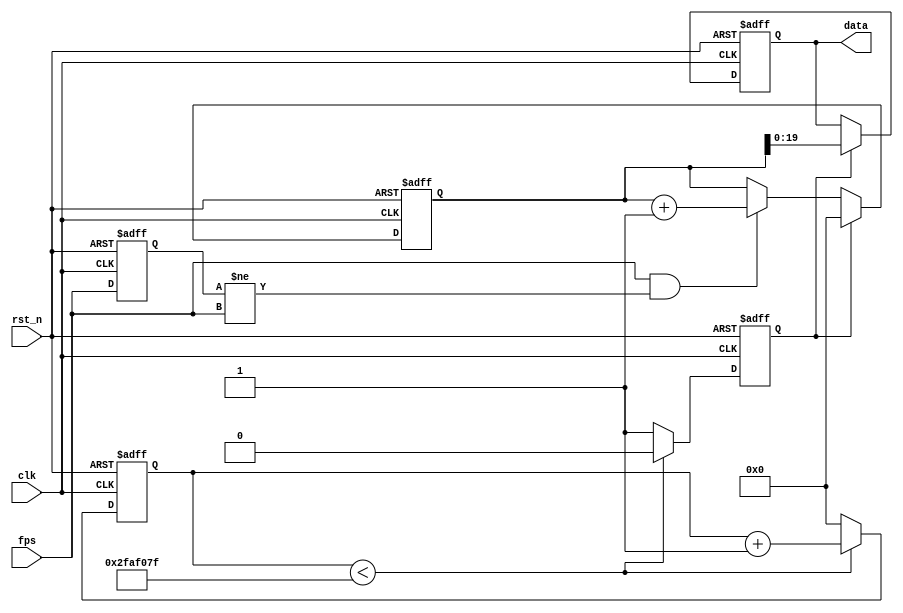
//****************************************Copyright (c)***********************************//                            
//----------------------------------------------------------------------------------------
// File name:          count_fps
// Last modified Date:  2021/6/10 11:28:58
// Last Version:        V1.0
// Descriptions:        sobel
//----------------------------------------------------------------------------------------
// Created date:        2021/6/10 11:28:58
// Version:             V1.0
// Descriptions:        count_fps
//
//----------------------------------------------------------------------------------------
//****************************************************************************************//

module count_fps(
    //mudule clock
    input                   clk  ,      // 
    input                   rst_n,      // 
    input                   fps,
    //user interface
    output   reg [19:0]     data       // 6
);

//parameter define
parameter  MAX_NUM = 31'd5000_0000;      // 

//reg define
reg    [31:0]   cnt ;                   // 100ms
reg             flag;                   // 
reg    [31:0]   fpscnt;
reg fpsreg;
//*****************************************************
//**                    main code
//*****************************************************

//10ms
always @ (posedge clk or negedge rst_n) begin
    if (!rst_n) begin
        cnt <= 31'b0;
        flag<= 1'b0;
    end
    else if (cnt < MAX_NUM - 1'b1) begin
        cnt <= cnt + 1'b1;
        flag<= 1'b0;
    end
    else begin
        cnt <= 31'b0;
        flag <= 1'b1;
    end
end 

//0999999
always @ (posedge clk or negedge rst_n) begin
    if (!rst_n)begin
        data  <= 20'b0;
        fpscnt<=0;
        fpsreg<=0;
    end 
    else begin
        fpsreg<=fps;
        if (flag) begin                 //0.01s
            data<=fpscnt;
            fpscnt<=0;
        end 
        else
            begin
                if((fps==1'b1)&&(fpsreg!=fps))
                    fpscnt<=fpscnt+1;
                else
                    fpscnt<=fpscnt;
            end
    end 
end 

endmodule